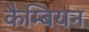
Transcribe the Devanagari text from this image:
कैम्बियन